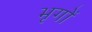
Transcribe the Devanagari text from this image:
भृगों